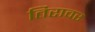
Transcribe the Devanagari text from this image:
तिरावर